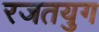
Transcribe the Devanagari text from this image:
रजतयुग